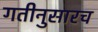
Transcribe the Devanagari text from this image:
गतीनुसारच